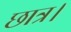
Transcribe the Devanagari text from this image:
छात्र।